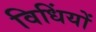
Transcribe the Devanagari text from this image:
विधिंयों